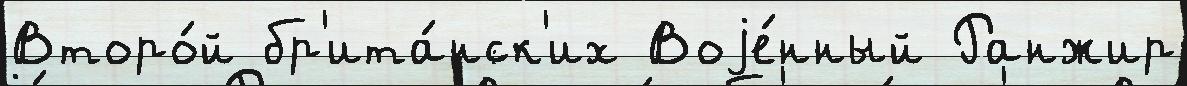
Второ́й бр'ита́нск'их Воjе́нный Ранжир